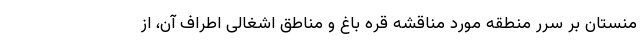
منستان بر سرر منطقه مورد مناقشه قره باغ و مناطق اشغالی اطراف آن، از